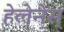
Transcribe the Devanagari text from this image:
हेलेनेस्